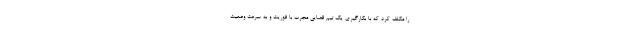
را مکلف کرد که با بکارگیری یک تیم قضایی مجرب با فوریت و به سرعت وضعیت